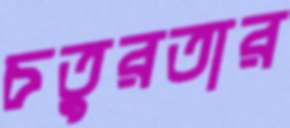
চতুরতার